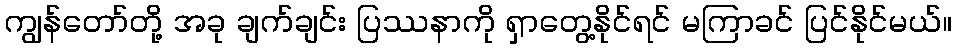
ကျွန်တော်တို့ အခု ချက်ချင်း ပြဿနာကို ရှာတွေ့နိုင်ရင် မကြာခင် ပြင်နိုင်မယ်။